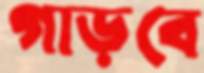
গাড়বে